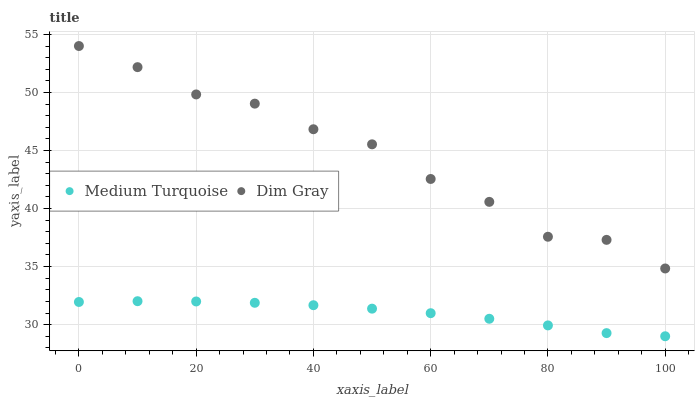
| xaxis_label | Medium Turquoise | Dim Gray |
 | --- | --- | --- |
 | 0 | 32 | 54 |
 | 10 | 32 | 52.2 |
 | 20 | 32 | 49.8 |
 | 30 | 31.9 | 49 |
 | 40 | 31.7 | 46.8 |
 | 50 | 31.4 | 45.5 |
 | 60 | 31 | 42.5 |
 | 70 | 30.5 | 40.6 |
 | 80 | 29.9 | 37.6 |
 | 90 | 29.3 | 37.3 |
 | 100 | 29 | 34.8 |